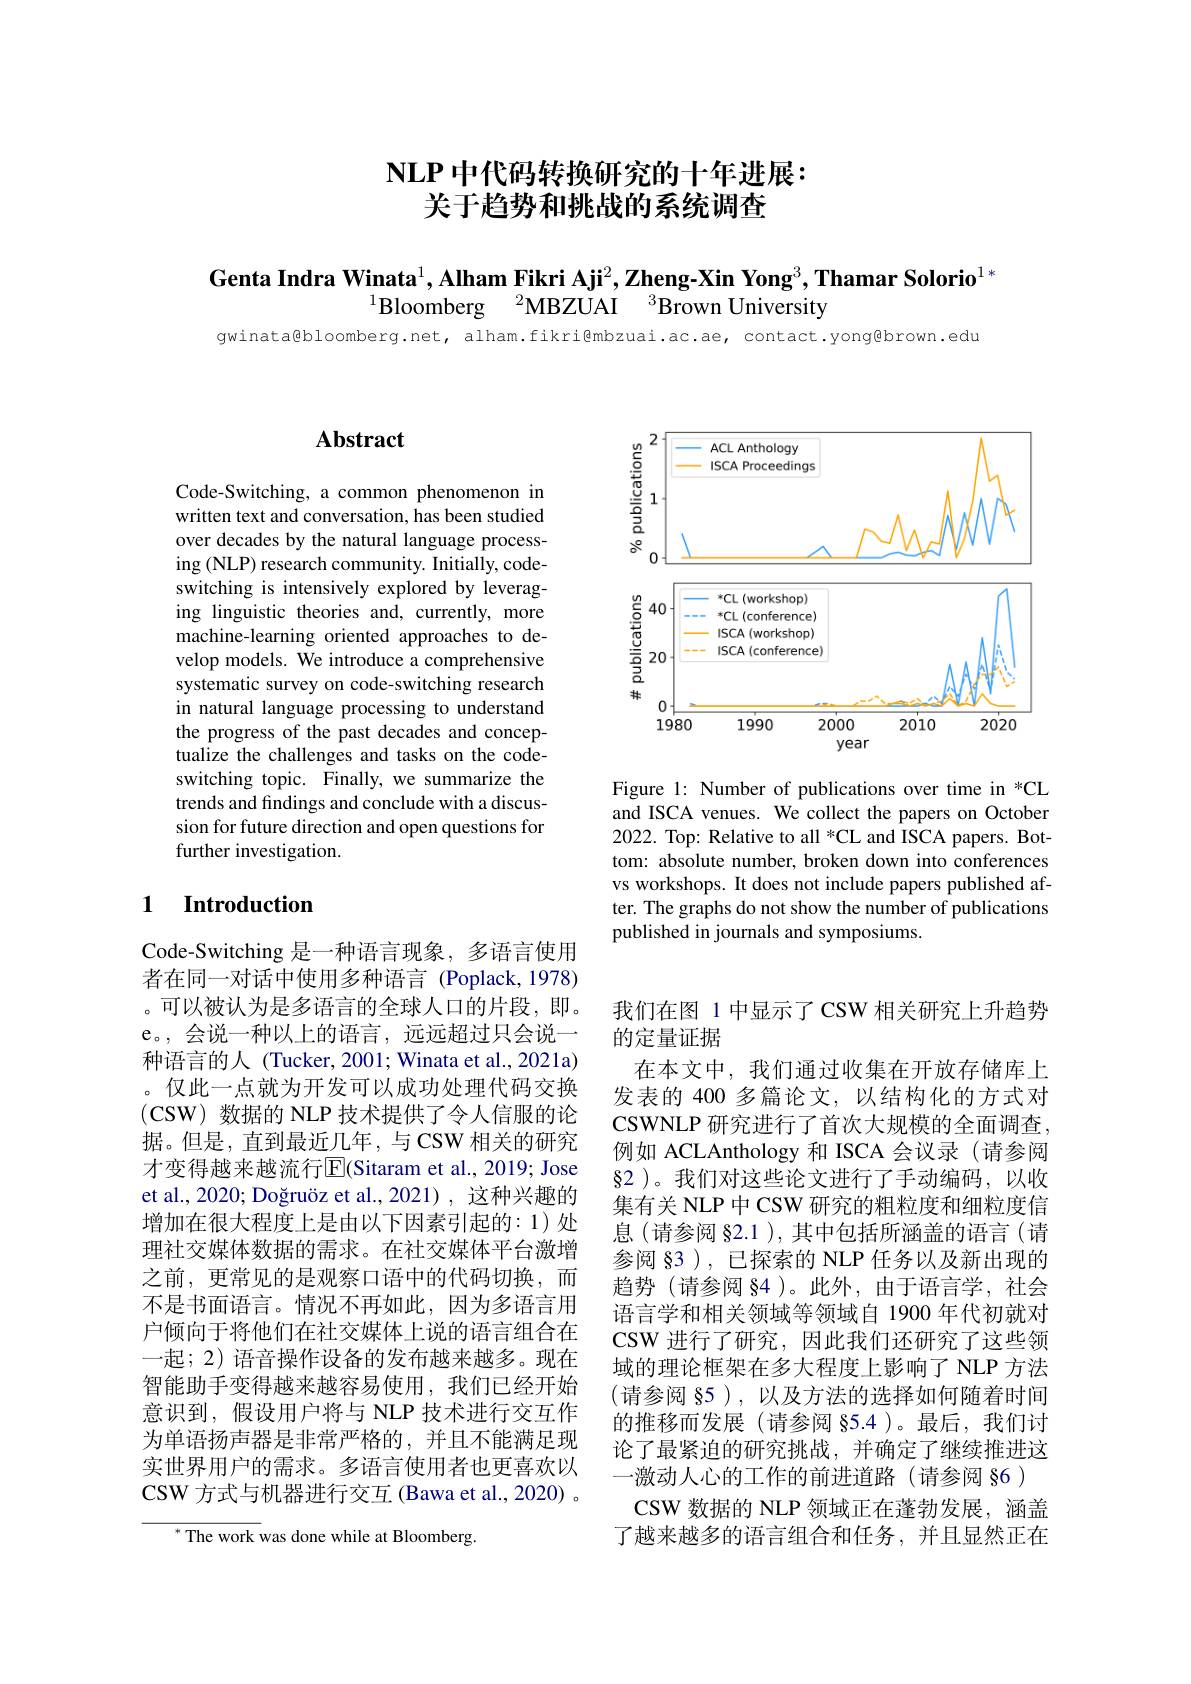
# $\mathbf{NLP}$中代码转换研究的十年进展： 关于趋势和挑战的系统调查

Genta Indra Winata$^1,\textbf{Alham Fikri Aji}^2,\textbf{Zheng-Xin Yong}^3,\textbf{Thamar Solorio}^{1*}$
$^{1}$Bloomberg$\:^2$MBZUAI$\:^3$Brown University

gwinata@bloomberg.net, alham.fikri@mbzuai.ac.ae, contact.yong@brown.edu

<FigureHere>

Figure 1: Number of publications over time in *CL and ISCA venues. We collect the papers on October 2022. Top: Relative to all *CL and ISCA papers. Bottom: absolute number, broken down into conferences vs workshops. It does not include papers published after. The graphs do not show the number of publications published in journals and symposiums.

## $\mathbf{Abstract}$

Code-Switching, a common phenomenon in written text and conversation, has been studied over decades by the natural language processing (NLP) research community. Initially, codeswitching is intensively explored by leveraging linguistic theories and, currently, more machine-learning oriented approaches to develop models. We introduce a comprehensive systematic survey on code-switching research in natural language processing to understand the progress of the past decades and conceptualize the challenges and tasks on the codeswitching topic. Finally, we summarize the trends and findings and conclude with a discussion for future direction and open questions for further investigation.

# 1 Introduction

Code-Switching 是一种语言现象，多语言使用者在同一对话中使用多种语言(Poplack,1978) 。可以被认为是多语言的全球人口的片段，即。e。,会说一种以上的语言，远远超过只会说一种语言的人 (Tucker, 2001; Winata et al., 2021a) 。仅此一点就为开发可以成功处理代码交换(CSW)数据的 NLP 技术提供了令人信服的论据。但是，直到最近几年，与 CSW 相关的研究才变得越来越流行$\overline{\mathrm{E}}$(Sitaram et al., 2019; Jose et al., 2020; Doğruöz et al., 2021) , 这种兴趣的增加在很大程度上是由以下因素引起的：1)处理社交媒体数据的需求。在社交媒体平台激增之前，更常见的是观察口语中的代码切换，而不是书面语言。情况不再如此，因为多语言用户倾向于将他们在社交媒体上说的语言组合在一起；2) 语音操作设备的发布越来越多。现在智能助手变得越来越容易使用，我们已经开始意识到，假设用户将与 NLP 技术进行交互作为单语扬声器是非常严格的，并且不能满足现实世界用户的需求。多语言使用者也更喜欢以CSW 方式与机器进行交互 (Bawa et al., 2020) 。

${^*\text{The work }}$was done while at Bloomberg.

我们在图 1 中显示了 CSW 相关研究上升趋势
的定量证据
在本文中，我们通过收集在开放存储库上发表的 400 多篇论文，以结构化的方式对CSWNLP 研究进行了首次大规模的全面调查， 例如 ACLAnthology 和 ISCA 会议录(请参阅$§2$ )。我们对这些论文进行了手动编码，以收集有关 NLP 中 CSW 研究的粗粒度和细粒度信息(请参阅 §2.1 ), 其中包括所涵盖的语言(请参阅 §3 ), 已探索的 NLP 任务以及新出现的趋势(请参阅 §4)。此外，由于语言学，社会语言学和相关领域等领域自 1900 年代初就对CSW 进行了研究，因此我们还研究了这些领域的理论框架在多大程度上影响了 NLP 方法(请参阅 §5 ),以及方法的选择如何随着时间的推移而发展(请参阅 §5.4)。最后，我们讨论了最紧迫的研究挑战，并确定了继续推进这一激动人心的工作的前进道路(请参阅§6)
CSW 数据的 NLP 领域正在蓬勃发展，涵盖了越来越多的语言组合和任务，并且显然正在